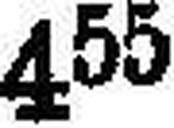
455